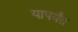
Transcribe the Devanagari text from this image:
यापर्यंत